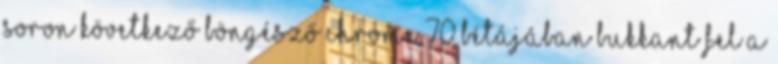
soron következő böngésző Chrome 70 bétájában bukkant fel a